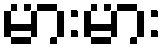
မားမား